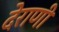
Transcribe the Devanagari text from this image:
देराणी